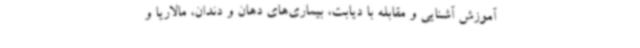
آموزش آشنایی و مقابله با دیابت، بیماری‌های دهان و دندان، مالاریا و